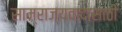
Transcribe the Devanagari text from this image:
साम्राज्यवादासाठी